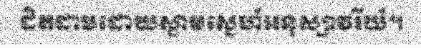
ដិតដាមដោយស្នាមស្នេហ៍អនុស្សាវរីយ៍។